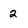
Character: 2